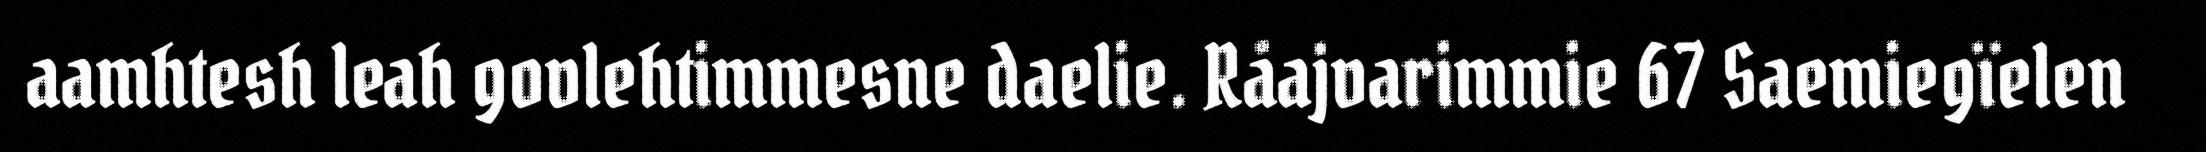
aamhtesh leah govlehtimmesne daelie. Råajvarimmie 67 Saemiegïelen